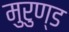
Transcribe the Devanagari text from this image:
मुरुण्ड